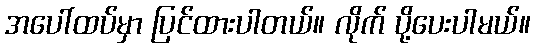
အပေါ်ထပ်မှာ ပြင်ထားပါတယ်။ လိုက် ပို့ပေးပါမယ်။